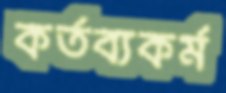
কর্তব্যকর্ম